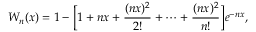
W _ { n } ( x ) = 1 - \Big [ 1 + n x + \frac { ( n x ) ^ { 2 } } { 2 ! } + \cdots + \frac { ( n x ) ^ { 2 } } { n ! } \Big ] e ^ { - n x } ,